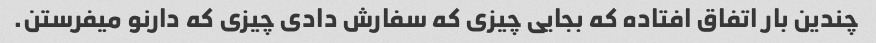
چندین بار اتفاق افتاده که بجایی چیزی که سفارش دادی چیزی که دارنو میفرستن.